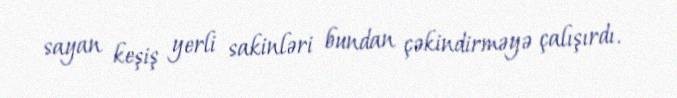
sayan keşiş yerli sakinləri bundan çəkindirməyə çalışırdı.